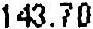
143.70